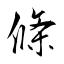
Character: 條